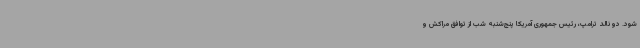
شود. دونالد ترامپ، رئیس جمهوری آمریکا پنج‌شنبه شب از توافق مراکش و